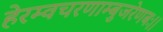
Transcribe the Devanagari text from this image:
हेरम्वचरणाम्बुजरेणबः।।